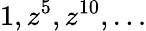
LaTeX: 1,z^{5},z^{10},\ldots